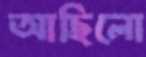
আছিলো